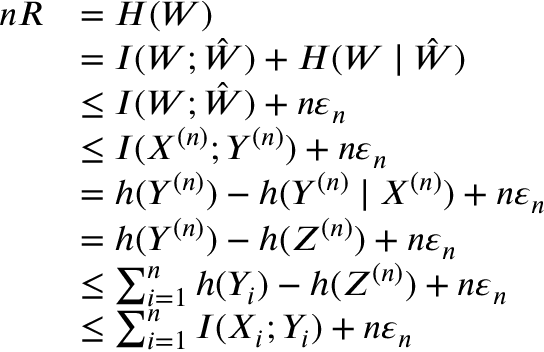
{ \begin{array} { r l } { n R } & { = H ( W ) } \\ & { = I ( W ; { \hat { W } } ) + H ( W \mid { \hat { W } } ) } \\ & { \leq I ( W ; { \hat { W } } ) + n \varepsilon _ { n } } \\ & { \leq I ( X ^ { ( n ) } ; Y ^ { ( n ) } ) + n \varepsilon _ { n } } \\ & { = h ( Y ^ { ( n ) } ) - h ( Y ^ { ( n ) } \mid X ^ { ( n ) } ) + n \varepsilon _ { n } } \\ & { = h ( Y ^ { ( n ) } ) - h ( Z ^ { ( n ) } ) + n \varepsilon _ { n } } \\ & { \leq \sum _ { i = 1 } ^ { n } h ( Y _ { i } ) - h ( Z ^ { ( n ) } ) + n \varepsilon _ { n } } \\ & { \leq \sum _ { i = 1 } ^ { n } I ( X _ { i } ; Y _ { i } ) + n \varepsilon _ { n } } \end{array} }